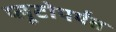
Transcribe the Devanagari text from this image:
प्लूटोपर्यंत